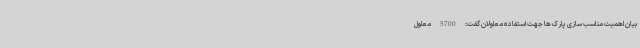
بیان اهمیت مناسب سازی پارک ها جهت استفاده معلولان گفت: 5700 معلول